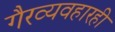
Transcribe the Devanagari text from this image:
गैरव्यवहारही